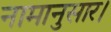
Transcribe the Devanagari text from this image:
नामानुसार।